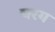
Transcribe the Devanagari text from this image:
चरग